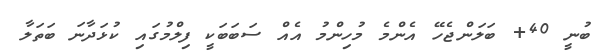
ބުނީ 40+ ބަލަންޖެހޭ އެންމެ މުހިންމު އެއް ސަބަބަކީ ފިލްމުގައި ކުޅަދާނަ ބަތަލާ